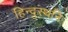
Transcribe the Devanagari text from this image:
हिन्दुस्थनि